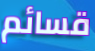
قسائم